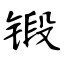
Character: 锻